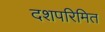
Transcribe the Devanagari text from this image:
दशपरिमित